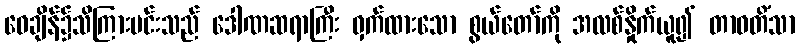
ဝေချိန်၌သိကြားမင်းသည် ဒေါဏဆရာကြီး ဝှက်ထားသော စွယ်တော်ကို အလစ်နှိုက်ယူ၍ တာဝတိံသာ